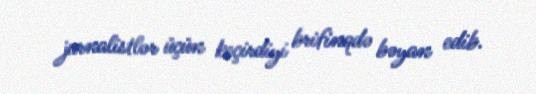
jurnalistlər üçün keçirdiyi brifinqdə bəyan edib.